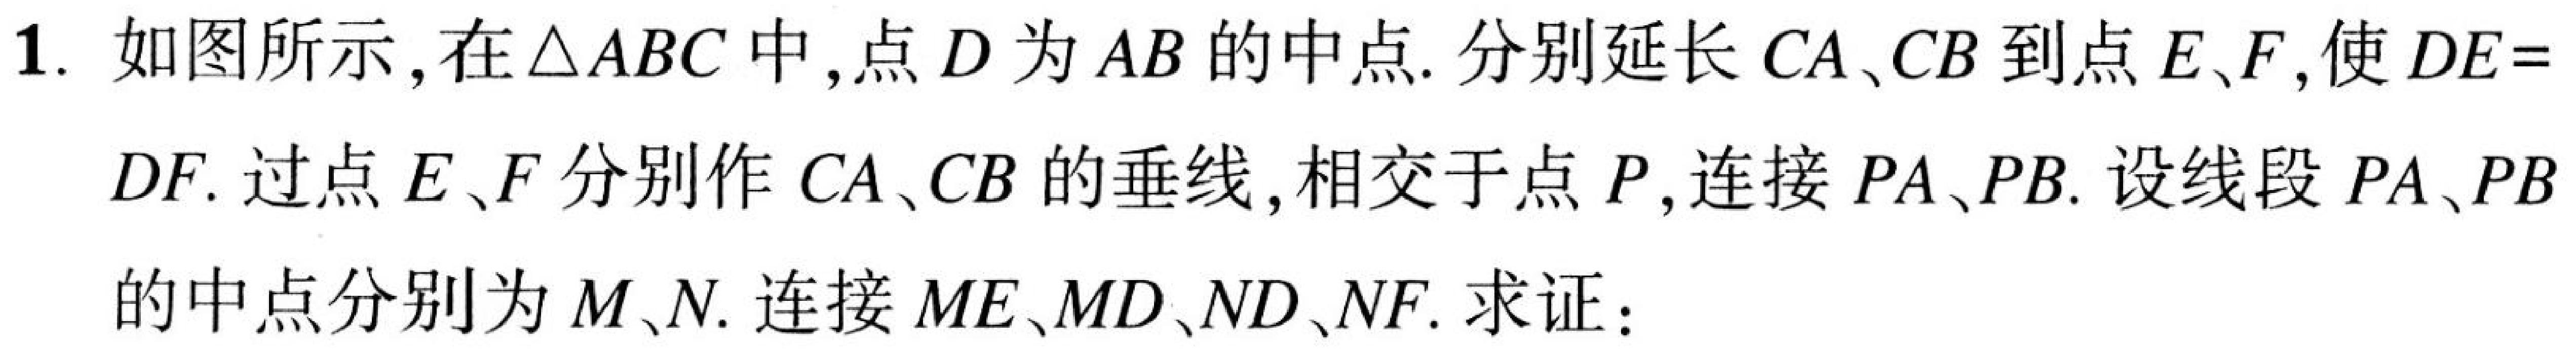
1. 如图所示,在$\triangle ABC$中,点$D$为$AB$的中点. 分别延长$CA、CB$到点$E、F$,使$DE = $
$DF$. 过点$E、F$分别作$CA、CB$的垂线,相交于点$P$,连接$PA、PB$. 设线段$PA、PB$
的中点分别为$M、N$. 连接$ME、MD、ND、NF$. 求证：